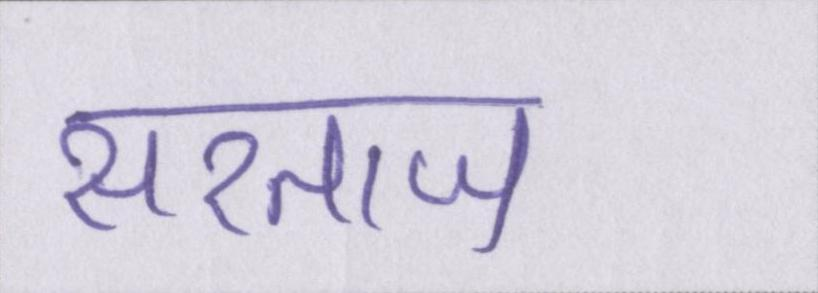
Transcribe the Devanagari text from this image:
सरताज